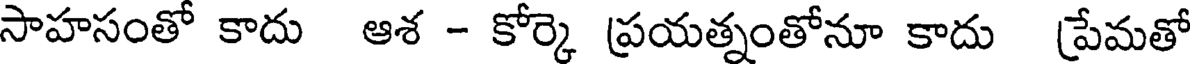
సాహసంతో కాదు ఆశ - కోర్కె ప్రయత్నంతోనూ కాదు ప్రేమతో